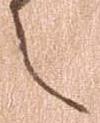
言